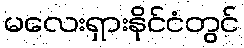
မလေးရှားနိုင်ငံတွင်